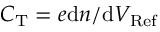
C _ { \mathrm { T } } = e \mathrm { d } n / \mathrm { d } V _ { \mathrm { R e f } }